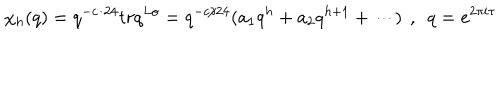
\chi _ { h } ( q ) = q ^ { - c / 2 4 } t r q ^ { L o } = q ^ { - c / 2 4 } ( a _ { 1 } q ^ { h } + a _ { 2 } q ^ { h + 1 } + \cdots ) \ \, , \ \ q = e ^ { 2 \pi i \tau }